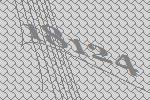
18124